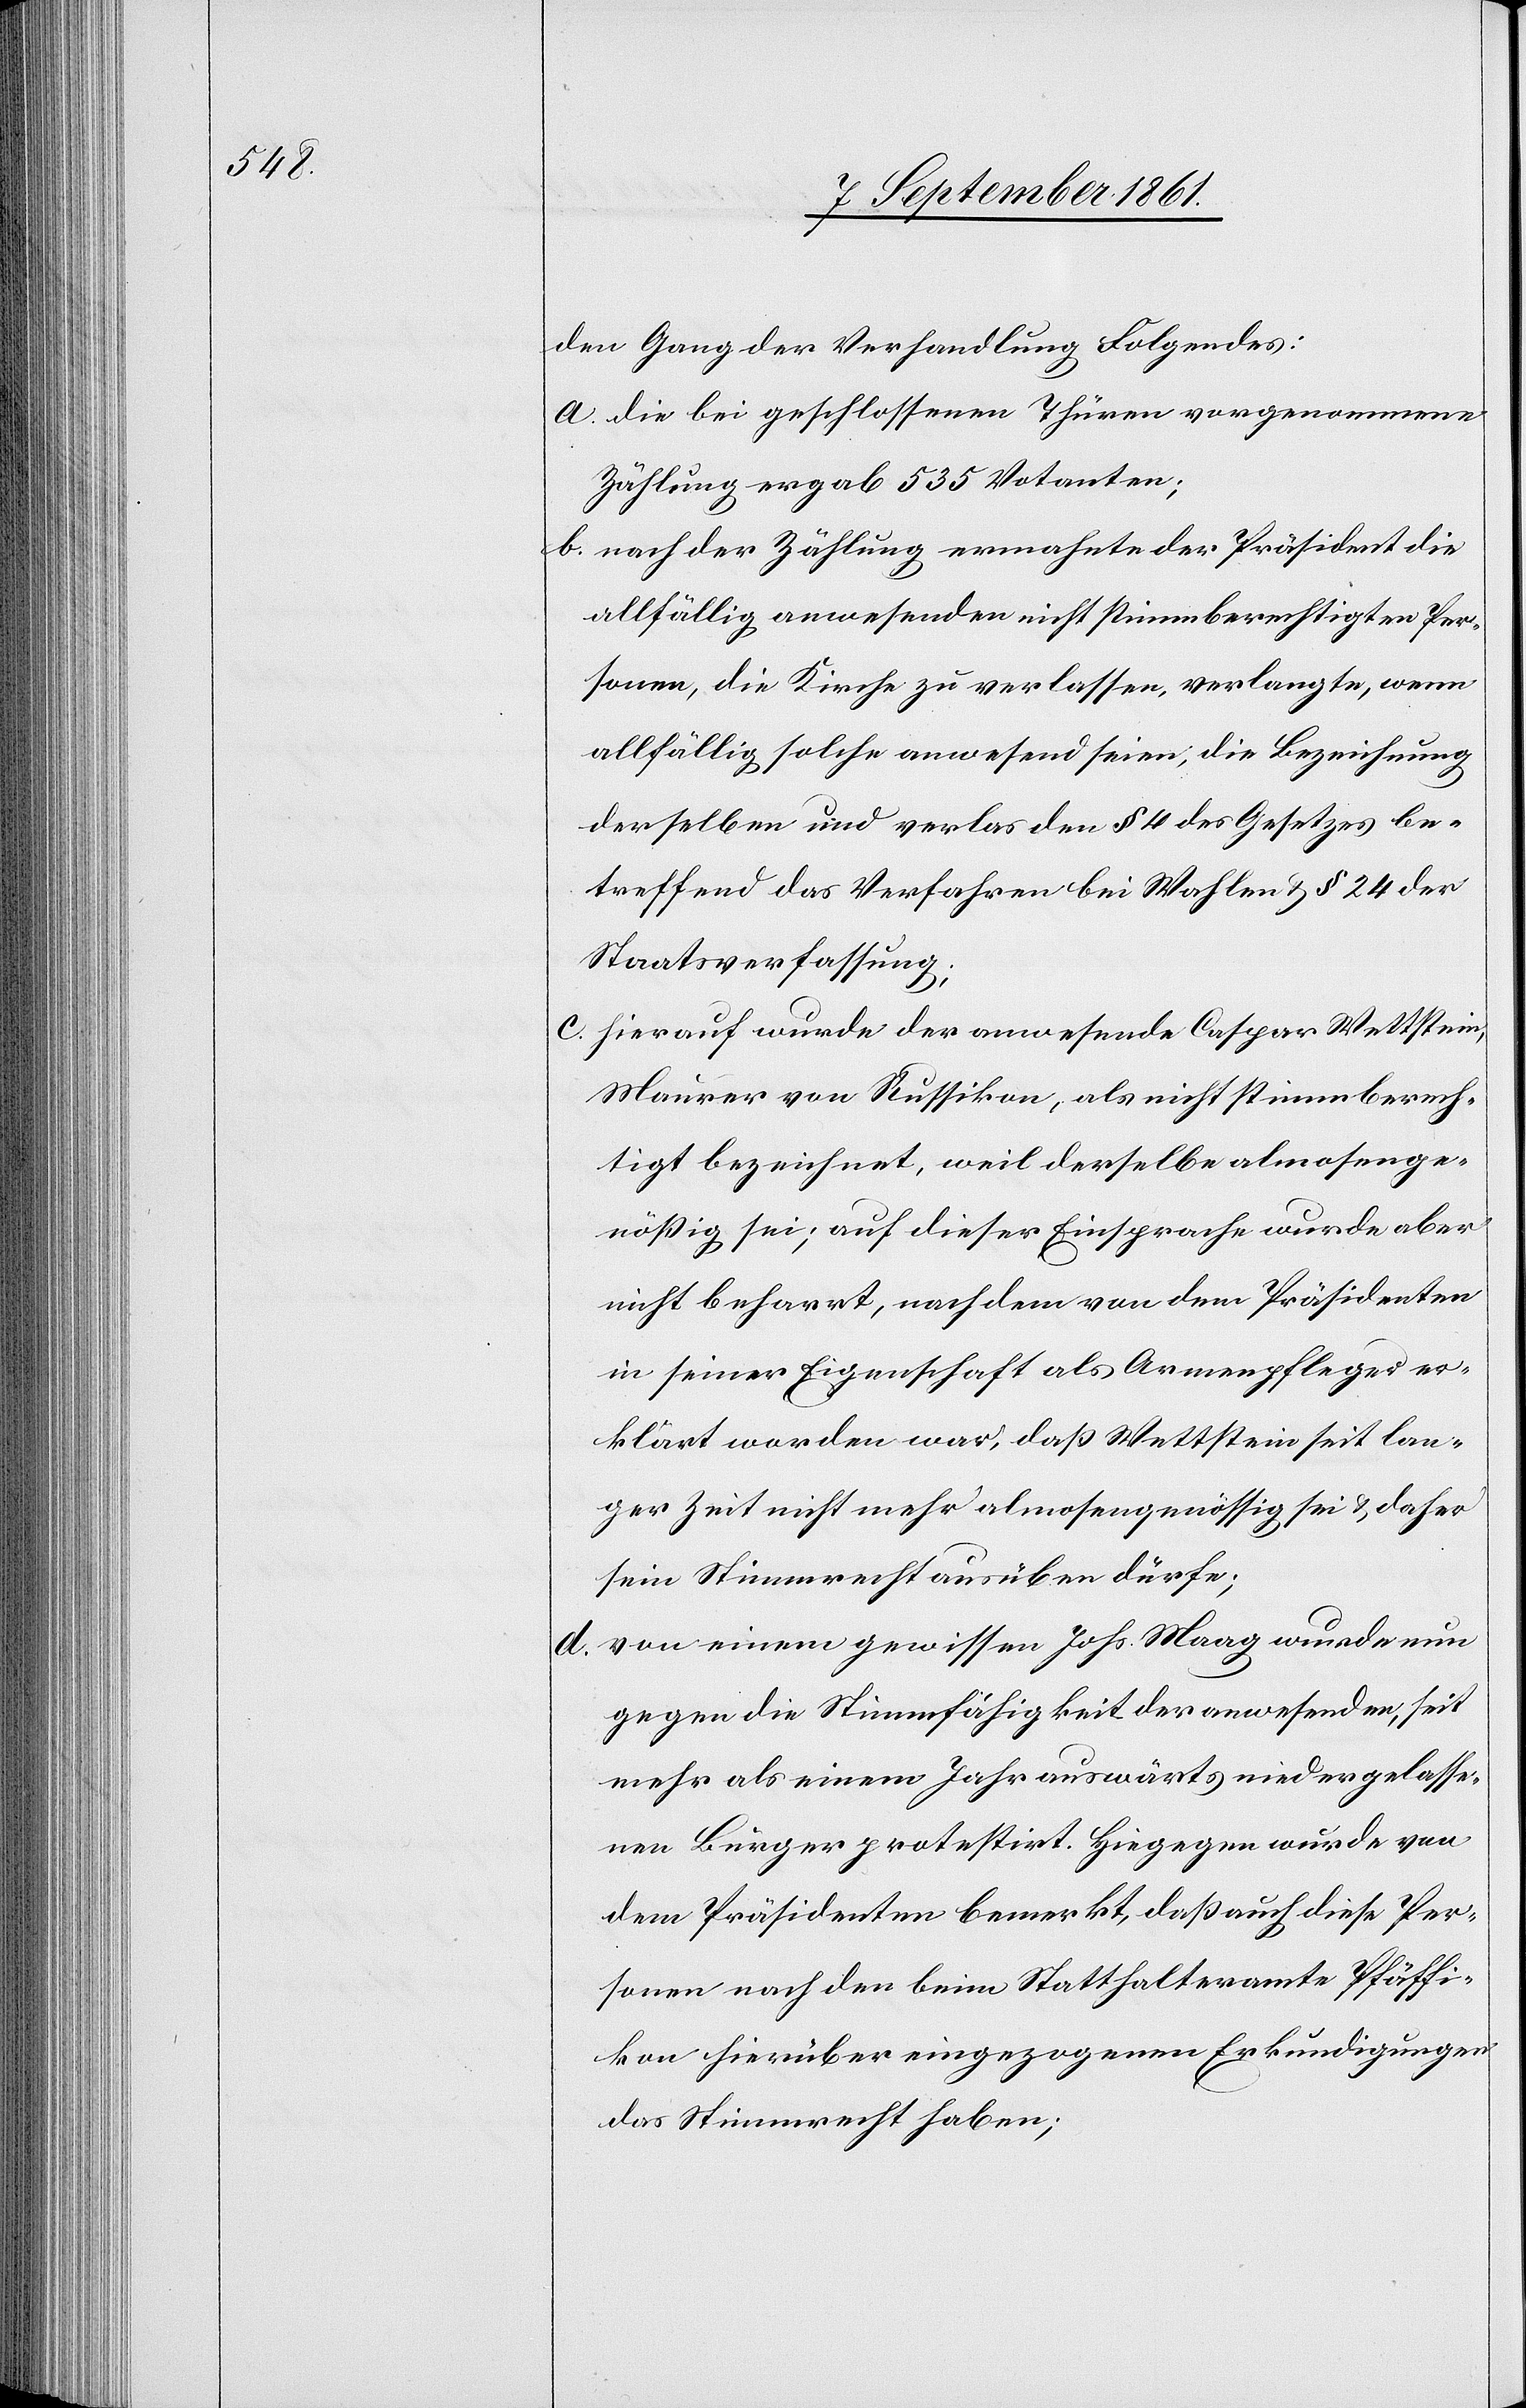
den Gang der Verhandlung Folgendes:
a. die bei geschlossenen Thüren vorgenommene
Zählung ergab 535 Votanten;
b. nach der Zählung ermahnte der Präsident die
allfällig anwesenden nicht stimmberechtigten Per¬
sonen, die Kirche zu verlassen, verlangte, wenn
allfällig solche anwesend seien, die Bezeichnung
derselben und verlas den § 4 des Gesetzes be¬
treffend das Verfahren bei Wahlen § 24 der
Staatsverfassung;
c. hierauf wurde der anwesende Caspar Wettstein,
Maurer von Russikon, als nicht stimmberech¬
tigt bezeichnet, weil derselbe almosenge¬
nößig sei; auf dieser Einsprache wurde aber
nicht beharrt, nach dem von dem Präsidenten
in seiner Eigenschaft als Armenpfleger er¬
klärt worden war, daß Wettstein seit lan¬
ger Zeit nicht mehr almosengenössig sei u. daher
sein Stimmrecht ausüben dürfe;
d. von einem gewissen Johs. Maag wurde nun
gegen die Stimmfähigkeit der anwesenden, seit
mehr als einem Jahr auswärts niedergelasse¬
nen Bürger protestirt. Hiegegen wurde von
dem Präsidenten bemerkt, daß auch diese Per¬
sonen nach den beim Statthalteramte Pfäffi¬
kon hierüber eingezogenen Erkundigungen
das Stimmrecht haben;